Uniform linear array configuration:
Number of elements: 48
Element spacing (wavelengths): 0.5
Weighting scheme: uniform
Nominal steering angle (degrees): -60
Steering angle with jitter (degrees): -60.476
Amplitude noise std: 0.05
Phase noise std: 0.05

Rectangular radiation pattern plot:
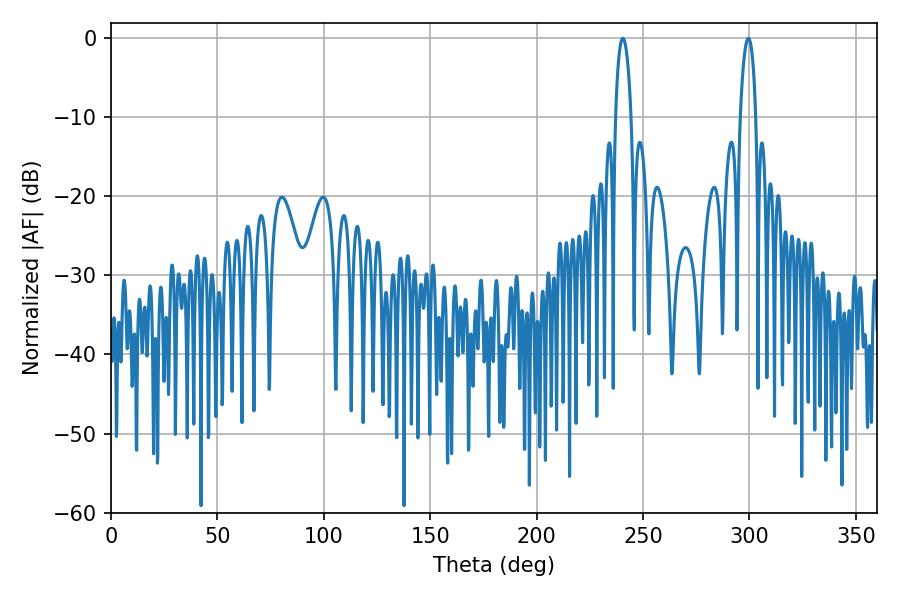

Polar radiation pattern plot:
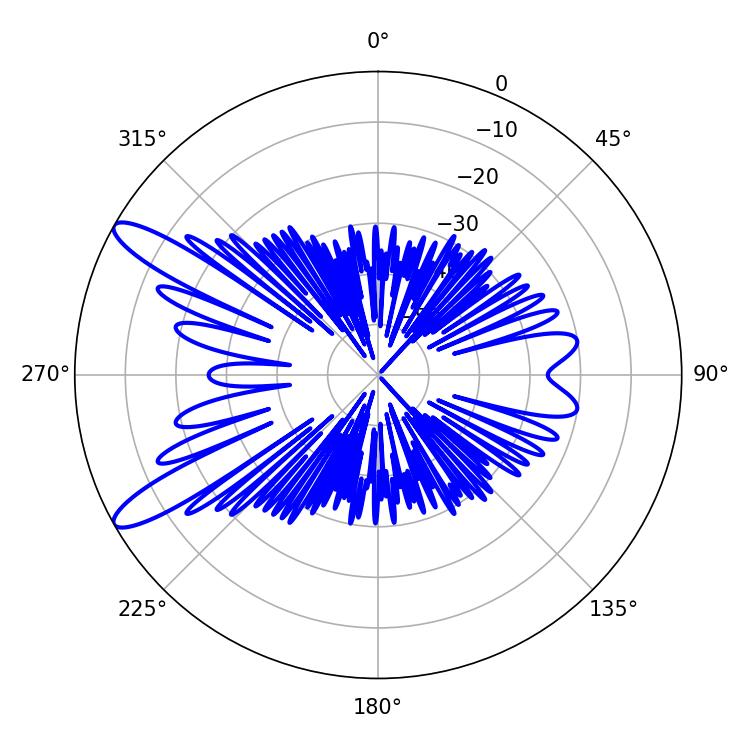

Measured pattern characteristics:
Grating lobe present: FALSE
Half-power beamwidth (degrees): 4.14
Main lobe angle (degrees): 299.52